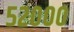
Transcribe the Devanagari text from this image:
५२०००